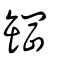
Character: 罁